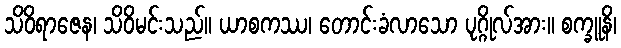
သိဝိရာဇေန၊ သိဝိမင်းသည်။ ယာစကဿ၊ တောင်းခံလာသော ပုဂ္ဂိုလ်အား။ စက္ခူနိ၊